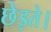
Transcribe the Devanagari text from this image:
छेड़ते।